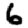
Digit: 6